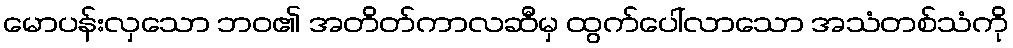
မောပန်းလှသော ဘဝ၏ အတိတ်ကာလဆီမှ ထွက်ပေါ်လာသော အသံတစ်သံကို